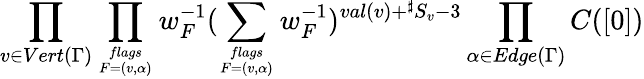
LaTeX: \prod_{v\in Vert(\Gamma)}\prod_{{flags}\atop{F=(v,\alpha)}}w_{F}^{-1}(\sum_{{flags}\atop{F=(v,\alpha)}}w_{F}^{-1})^{val(v)+{}^{\sharp}S_{v}-3}\prod_{\alpha\in Edge(\Gamma)}C([0])